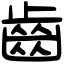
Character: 齒